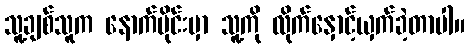
သူ့ချစ်သူက နောက်ပိုင်းမှာ သူ့ကို လိုက်နှောင့်ယှက်ခဲ့တာပါ။